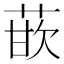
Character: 𰱡